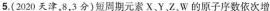
5.(2020天津，8，3分)短周期元素X、Y，Z.W的原子序数依次增